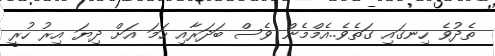
ތެދުވެ ހިނގައި ގަތެވެ..އެމްމެން ވެސް ބަދަރާާއި ހަމަ އަށް ދިޔަ އިރު ހުރީ